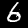
Digit: 6